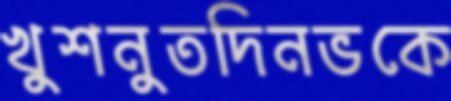
খুশনুতদিনভকে